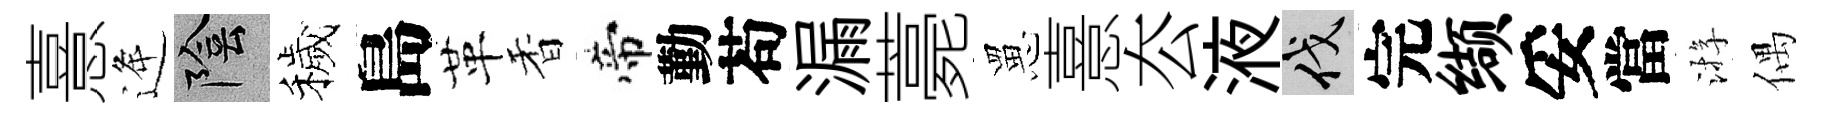
憙逄陰穢島革香帝勤苟漏薧罳憙厺液伐完缬妥當㳺偶